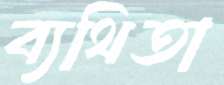
ব্যথিতা